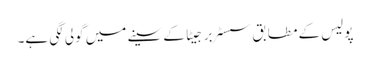
پولیس کے مطابق سسٹر برجیٹا کے سینے میں گولی لگی ہے۔